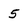
Character: 5